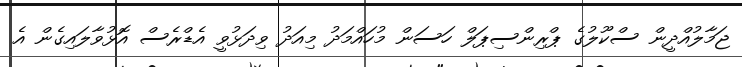
ޖަމާލުއްދީން ސްކޫލުގެ ޕްރިންސިޕަލް ހަސަން މުހައްމަދު މިއަދު ވިދަޅުވީ އެޑްރެސް އޮޅުވާލައިގެން އެ